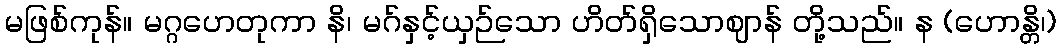
မဖြစ်ကုန်။ မဂ္ဂဟေတုကာ နိ၊ မဂ်နှင့်ယှဉ်သော ဟိတ်ရှိသောဈာန် တို့သည်။ န (ဟောန္တိ၊)